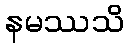
နမဿသိ